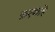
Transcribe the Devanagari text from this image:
फ़एकहि